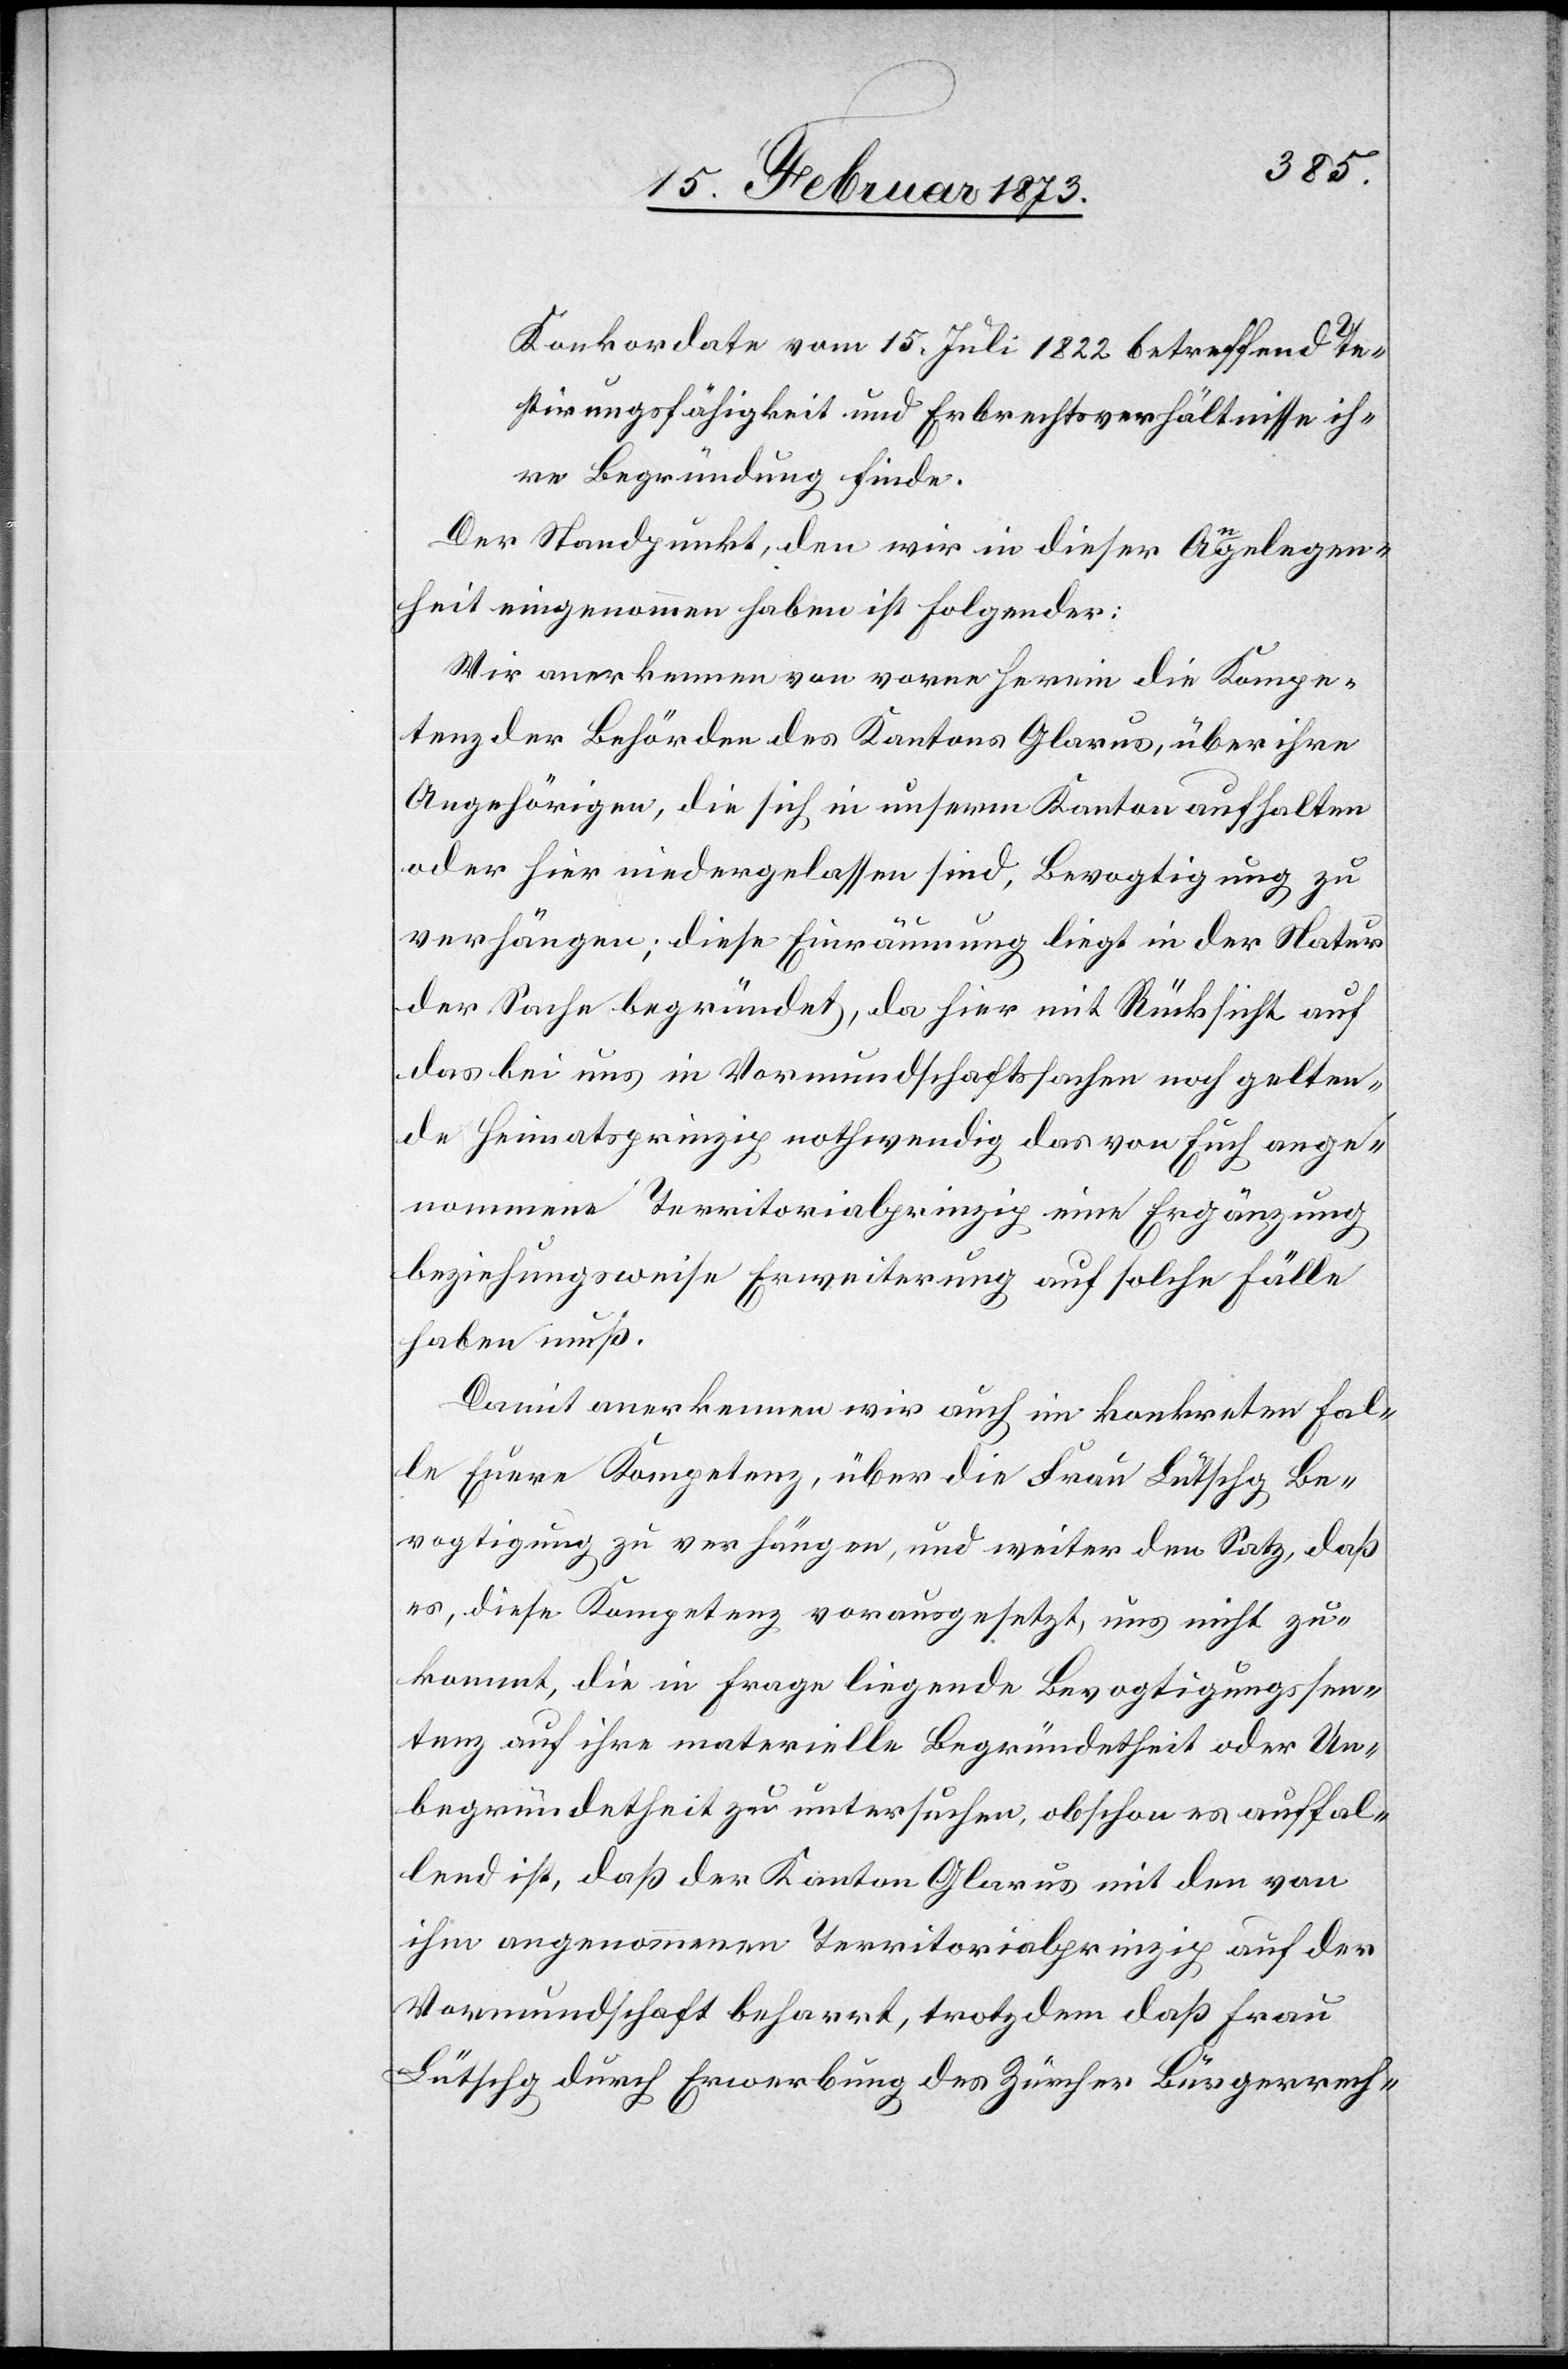
Konkordate vom 15. Juli 1822 betreffend Te¬
stirungsfähigkeit und Erbrechtsverhältnisse ih¬
re Begründung finde.
Der Standpunkt, den wir in dieser Angelegen¬
heit eingenommen haben ist folgender:
Wir anerkennen von vorneherein die Kompe¬
tenz der Behörden des Kantons Glarus, über ihre
Angehörigen, die sich in unserm Kanton aufhalten
oder hier niedergelassen sind, Bevogtigung zu
verhängen; diese Einräumung liegt in der Natur
der Sache begründet, da hier mit Rücksicht auf
das bei uns in Vormundschaftssachen noch gelten¬
de Heimatsprinzip nothwendig das von Euch ange¬
nommene Territorialprinzip eine Ergänzung
beziehungsweise Erweiterung auf solche Fälle
haben muß.
Damit anerkennen wir auch im konkreten Fal¬
le Euere Kompetenz, über die Frau Lütschg Be¬
vogtigung zu verhängen, und weiter den Satz, daß
es, diese Kompetenz vorausgesetzt, uns nicht zu¬
kommt, die in Frage liegende Bevogtigungssen¬
tenz auf ihre materielle Begründetheit oder Un¬
begründetheit zu untersuchen, obschon es auffal¬
lend ist, daß der Kanton Glarus mit den von
ihm angenommenen Territorialprinzip auf der
Vormundschaft beharrt, trotzdem daß Frau
Lütschg durch Erwerbung des Zürcher Bürgerrech-